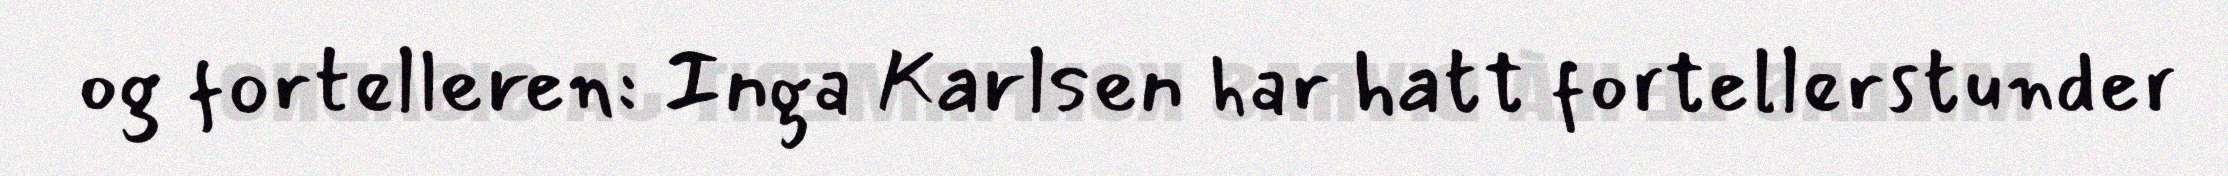
og fortelleren: Inga Karlsen har hatt fortellerstunder